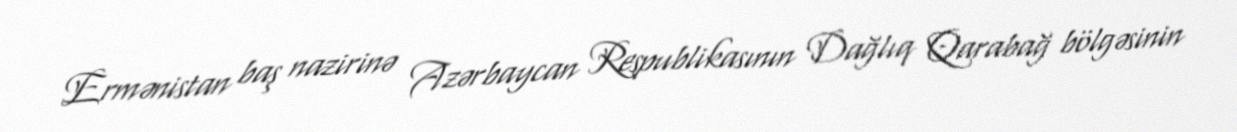
Ermənistan baş nazirinə Azərbaycan Respublikasının Dağlıq Qarabağ bölgəsinin